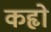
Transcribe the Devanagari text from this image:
कहृो